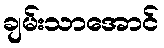
ချမ်းသာအောင်